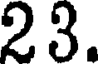
23.